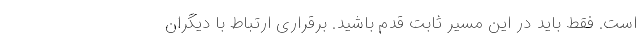
است. فقط باید در این مسیر ثابت قدم باشید. برقراری ارتباط با دیگران